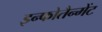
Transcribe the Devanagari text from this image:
इन्फोतैन्मेंट